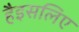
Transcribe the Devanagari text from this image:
हैइसलिए